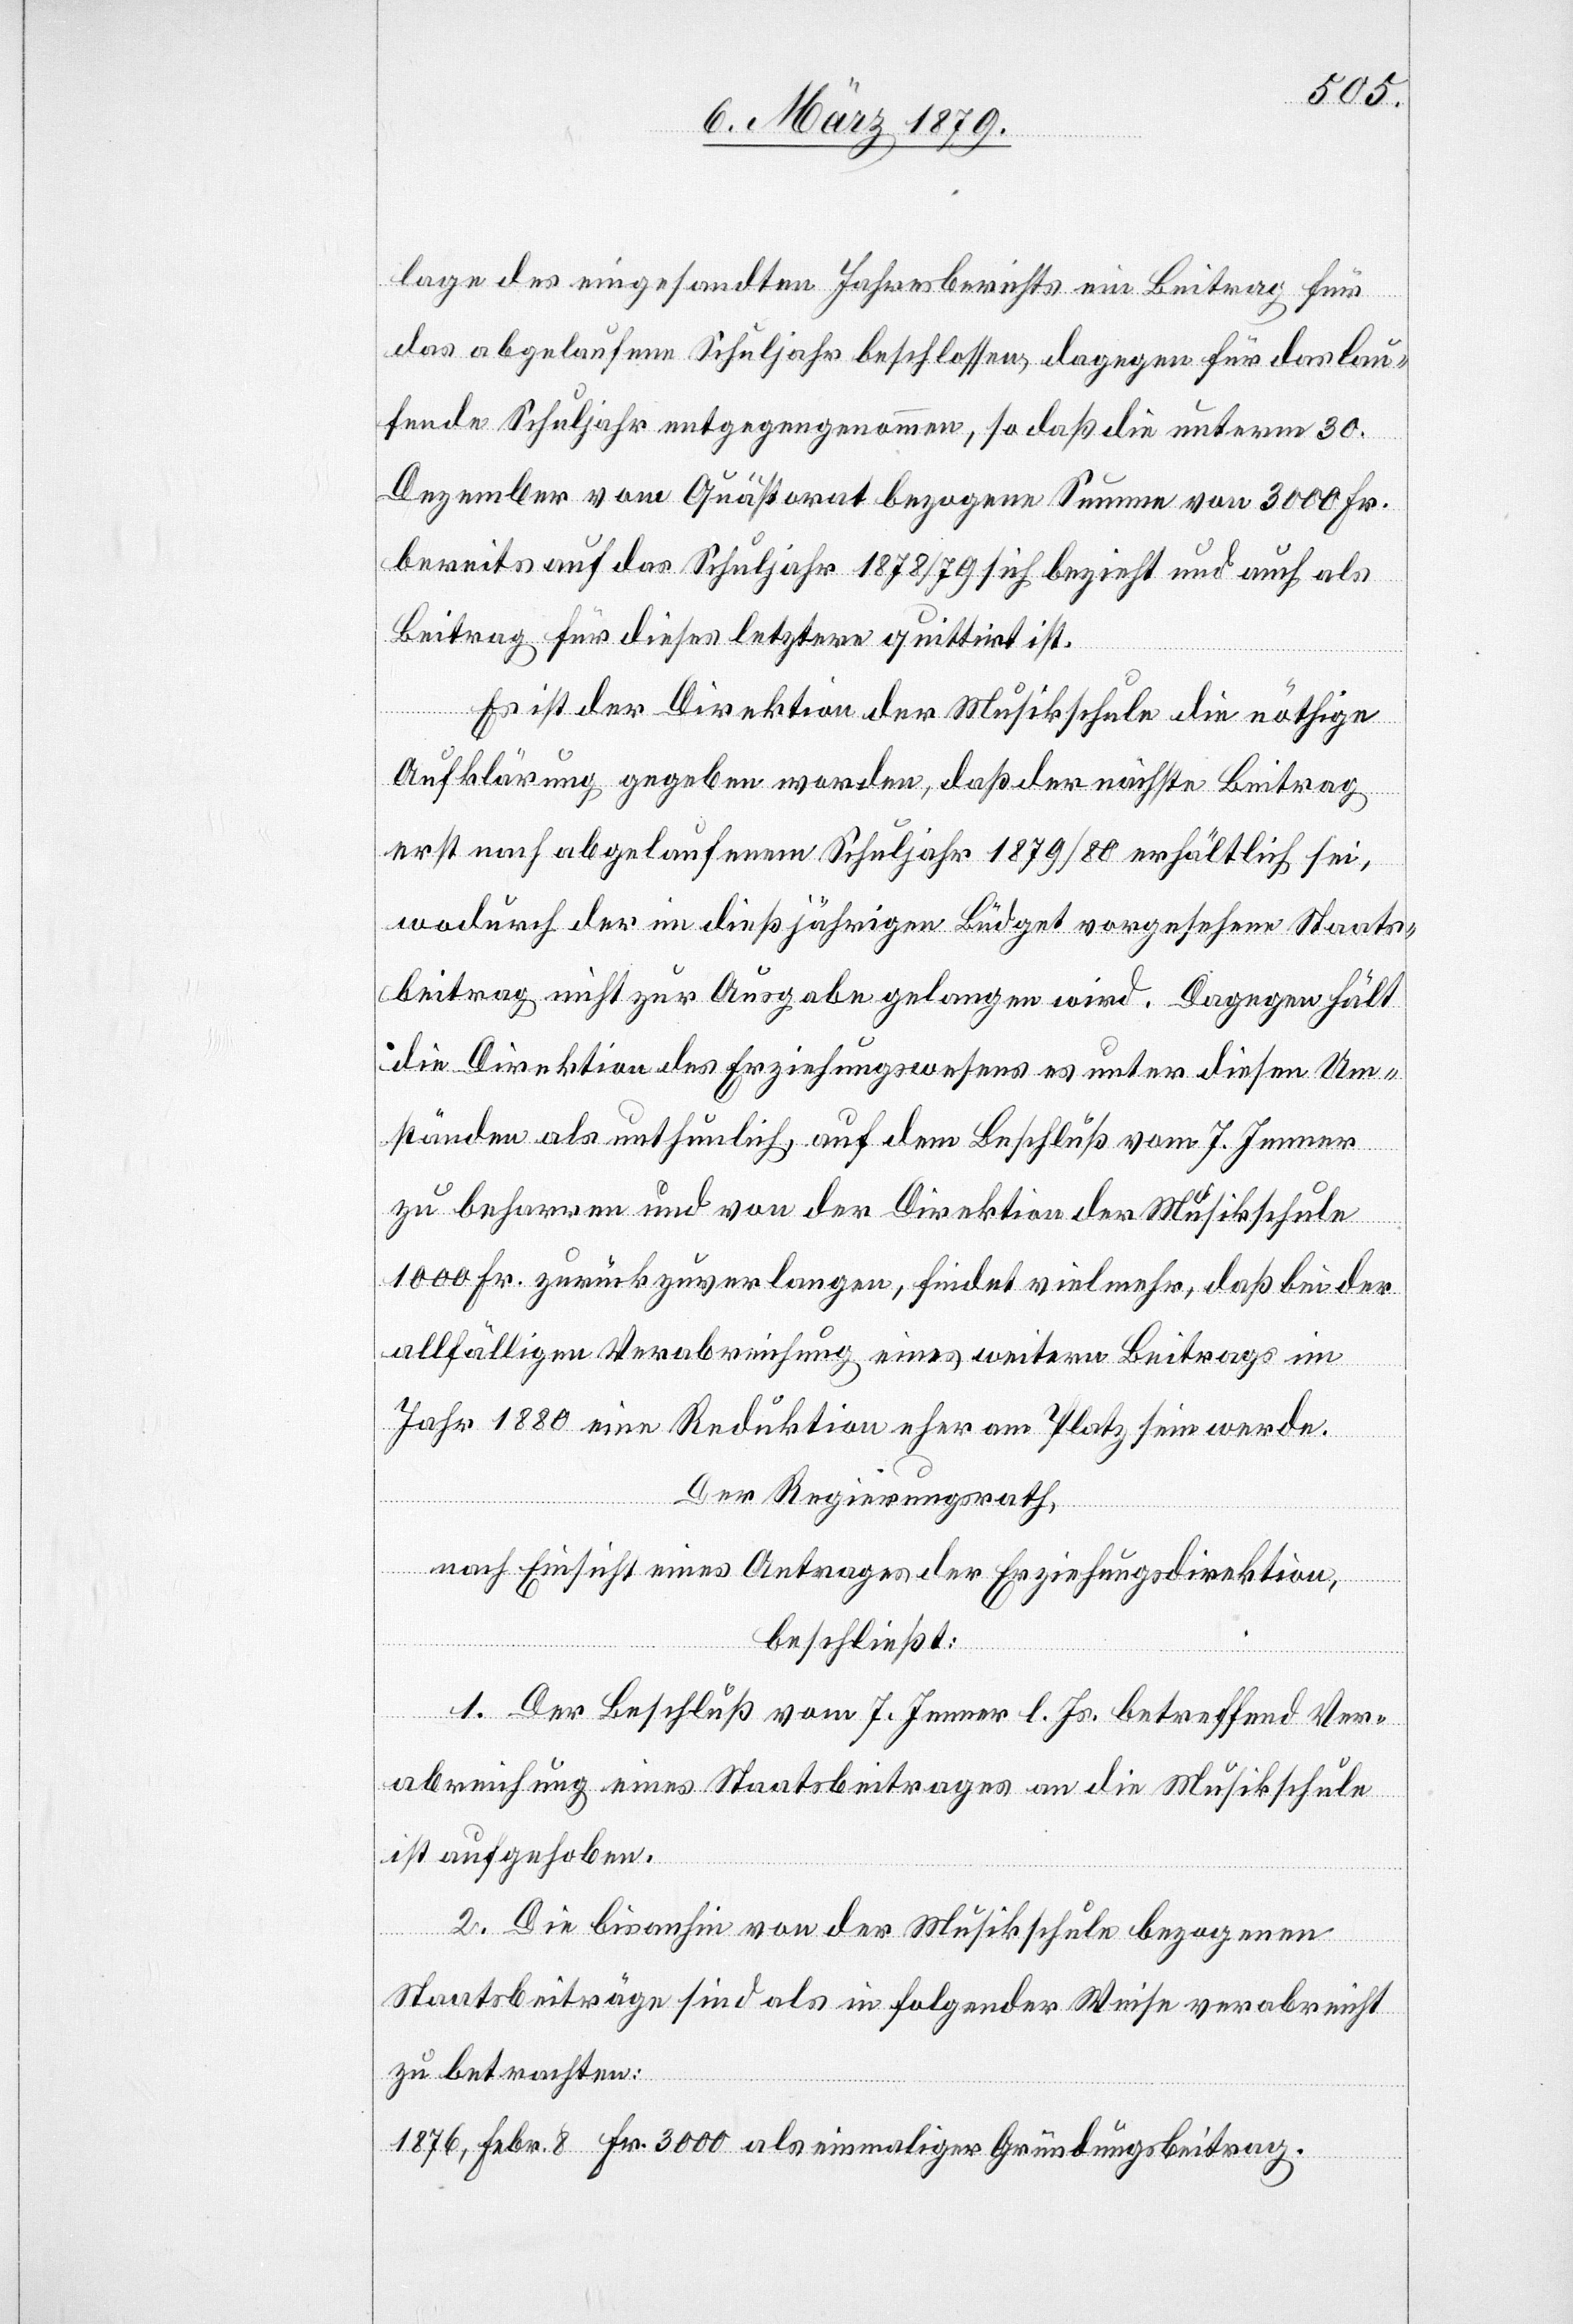
lage des eingesandten Jahresberichts ein Beitrag für
das abgelaufene Schuljahr beschlossen, dagegen für das lau¬
fende Schuljahr entgegengenommen, so daß die unterm 30.
Dezember vom Quästorat bezogene Summe von 3000 Fr.
bereits auf das Schuljahr 1878/79 sich bezieht und auch als
Beitrag für dieses letztere quittirt ist.
Es ist der Direktion der Musikschule die nöthige
Aufklärung gegeben worden, daß der nächste Beitrag
erst nach abgelaufenem Schuljahr 1878/79 erhältlich sei,
wodurch der im dießjährigen Büdget vorgesehene Staats¬
beitrag nicht zur Ausgabe gelangen wird. Dagegen hält
die Direktion des Erziehungswesens es unter diesen Um¬
ständen als unthunlich, auf dem Beschluß vom 7. Jenner
zu beharren und von der Direktion der Musikschule
1000 Fr. zurückzuverlangen, findet vielmehr, daß bei der
allfälligen Verabreichung eines weitern Beitrags im
Jahr 1880 eine Reduktion eher am Platz sein werde.
Der Regierungsrath,
nach Einsicht eines Antrages der Erziehungsdirektion,
beschließt:
1. Der Beschluß vom 7. Jenner l. Js. betreffend Ver¬
abreichung eines Staatsbeitrages an die Musikschule
ist aufgehoben.
2. Die bis anhin von der Musikschule bezogenen
Staatsbeiträge sind als in folgender Weise verabreicht
zu betrachten: